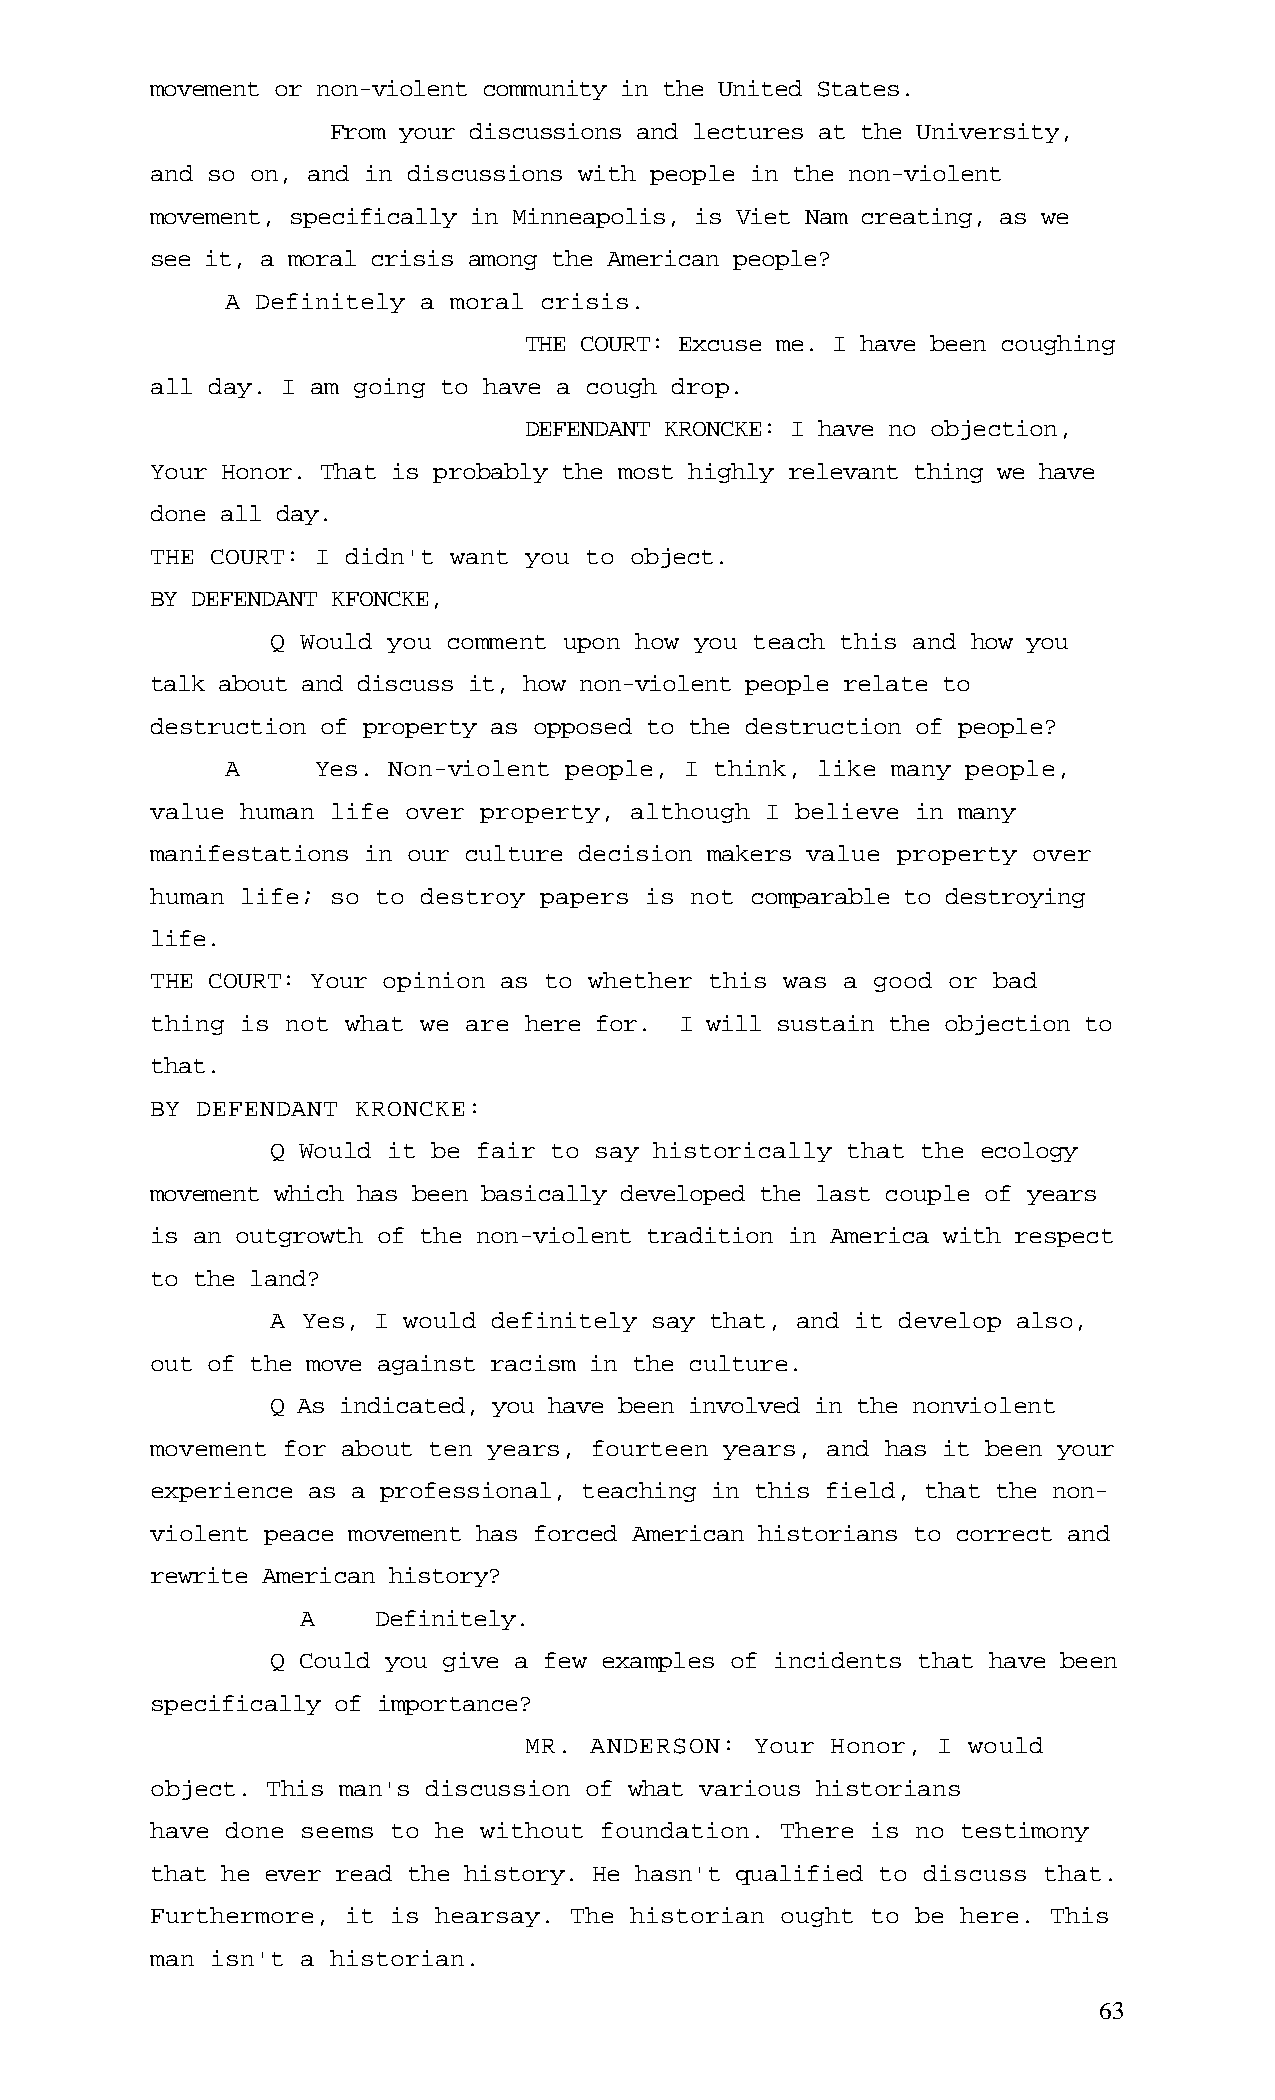
movement or non-violent community in the United States.
 From your discussions and lectures at the University,
 and so on, and in discussions with people in the non-violent
 movement, specifically in Minneapolis, is Viet Nam creating, as we
 see it, a moral crisis among the American people?
 A Definitely a moral crisis.
 THE COURT: Excuse me. I have been coughing
 all day. I am going to have a cough drop.
 DEFENDANT KRONCKE: I have no objection,
 Your Honor. That is probably the most highly relevant thing we have
 done all day.
 THE COURT: I didn't want you to object.
 BY DEFENDANT KFONCKE,
 Q Would you comment upon how you teach this and how you
 talk about and discuss it, how non-violent people relate to
 destruction of property as opposed to the destruction of people?
 A     Yes. Non-violent people, I think, like many people,
 value human life over property, although I believe in many
 manifestations in our culture decision makers value property over
 human life; so to destroy papers is not comparable to destroying
 life.
 THE COURT: Your opinion as to whether this was a good or bad
 thing is not what we are here for. I will sustain the objection to
 that.
 BY DEFENDANT  KRONCKE:
 Q Would it be fair to say historically that the ecology
 movement which has been basically developed the last couple of years
 is an outgrowth of the non-violent tradition in America with respect
 to the land?
 A Yes, I would definitely say that, and it develop also,
 out of the move against racism in the culture.
 Q As indicated, you have been involved in the nonviolent
 movement for about ten years, fourteen years, and has it been your
 experience as a professional, teaching in this field, that the non-
 violent peace movement has forced American historians to correct and
 rewrite American history?
 A    Definitely.
 Q Could you give a few examples of incidents that have been
 specifically of importance?
 MR. ANDERSON:  Your Honor, I would
 object. This man's discussion of what various historians
 have done seems to he without foundation. There is no testimony
 that he ever read the history. He hasn't qualified to discuss that.
 Furthermore, it is hearsay. The historian ought to be here. This
 man isn't a historian.
 63